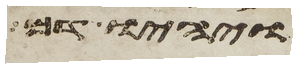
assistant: ויהיו דם